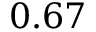
0 . 6 7